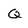
Character: Q